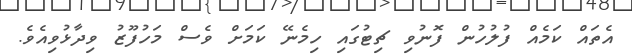
އެތައް ކަމެއް ފުލުހުން ފޮނުވި ޗިޓުގައި ހިމެނޭ ކަމަށް ވެސް މަހުފޫޒު ވިދާޅުވިއެވެ.